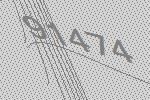
91474